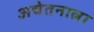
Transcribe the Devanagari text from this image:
अचेतनाला